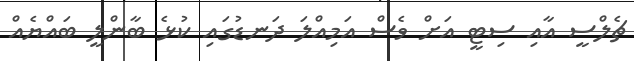
ޗެލްސީ އާއި ސިޓީ އަށް ވެސް އަމިއްލަ ދަނޑުގައި ކުޅެ ބާންލީ ބައްޔެއް